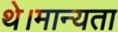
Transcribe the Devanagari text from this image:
थे।मान्यता